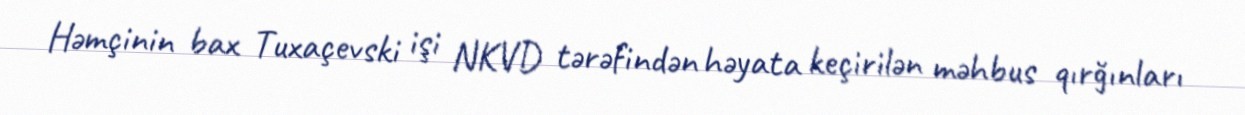
Həmçinin bax Tuxaçevski işi NKVD tərəfindən həyata keçirilən məhbus qırğınları